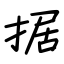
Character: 据